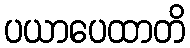
ပယာပေထာတိ